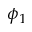
\phi _ { 1 }